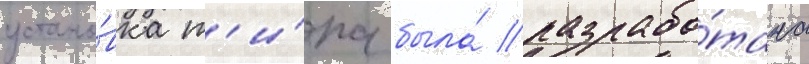
устано́вка т'и́па была́ разрабо́тана